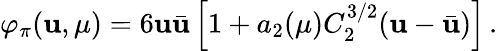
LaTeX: \varphi_{\pi}(\mathbf{u},\mu)=6\mathbf{u}\bar{{\mathbf{u}}}\left[1+a_{2}(\mu)C_{2}^{3/2}(\mathbf{u}-\bar{{\mathbf{u}}})\right]\, .